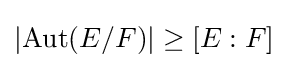
|\!\operatorname {Aut} (E/F)|\geq [E:F]